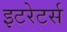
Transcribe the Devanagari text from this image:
इटरेटर्स